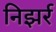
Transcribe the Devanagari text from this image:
निझर्र